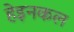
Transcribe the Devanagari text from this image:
हेइनकल